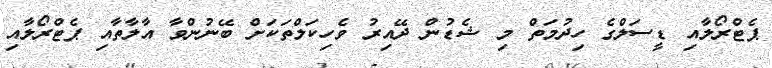
ޕެޓްރޯލާއި ޑީސަލްގެ ހިދުމަތް މި ޝެޑުން ދޭއިރު ވެހިކަލްތަކަށް ބޭނުންވާ އާލާތާއި ޕެޓްރޯލާއި